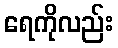
ရေကိုလည်း